Annual report of lunatic asylums [Bombay] - 1912-1922
Year: 1912
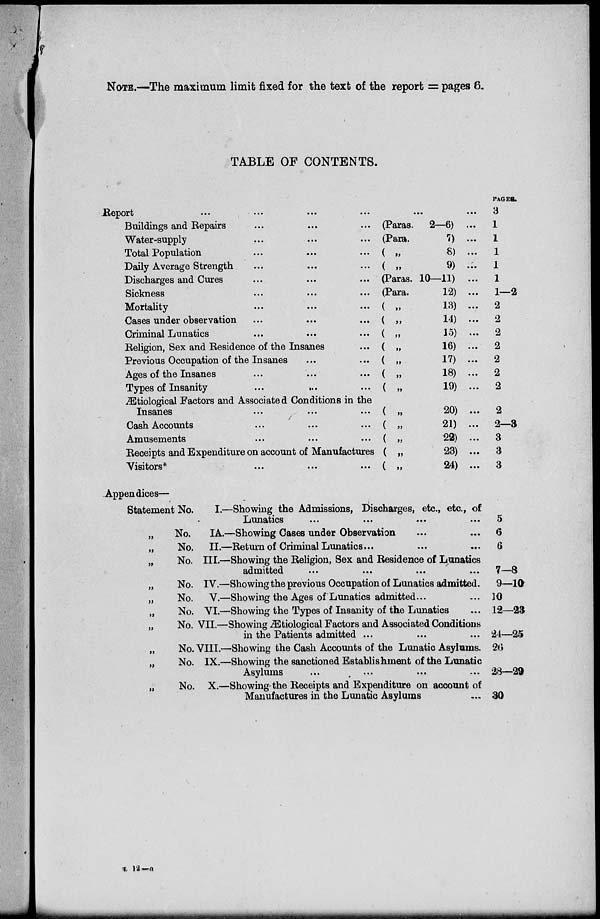
NOTE.—The maximum limit fixed for the text of the report = pages 6.
TABLE OF CONTENTS.
Report
...
...
...
...
...
...
Buildings and Repairs ... ... ...
Water-supply ... ... ...
Total Population ... ... ...
Daily Average Strength ... ... ...
Discharges and Cures ... ... ...
Sickness ... ... ...
Mortality ... ... ...
Gases under observation ... ... ...
Criminal Lunatics ... ... ...
Religion, Sex and Residence of the Insanes ...
Previous Occupation of the Insanes
...
...
Ages of the Insanes ... ... ...
Types of Insanity
...
...
...
Ætiological Factors and Associated Conditions in the
Insanes ... ... ...
Cash Accounts ... ... ...
Amusements ... ... ...
Receipts and Expenditure on account of Manufactures
Visitors ... ... ...
(Paras. 2—6) ...
(Para.
7) ...
( „
8) ...
(
„
9)
...
(Paras. 10—11) ...
(Para.
12) ...
(
„
13) ...
( „
14) ...
(
„
15
)
...
(
„
16) ...
( „
17) ...
( „
18) ...
(
„
19)
...
( „
20) ...
( „
21) ...
( „
22) ...
(
„
23) ...
(
„
24) ...
PAGES.
3
1
1
1
1
1
1—2
2
2
2
2
2
2
2
2
2—3
3
3
3
Appendices—
Statement No.
„ No.
„
No.
„ No.
„ No.
„
No.
„ No.
„
No.
„ No.
„ No.
„ No.
I.—Showing the Admissions, Discharges, etc., etc., of
Lunatics ... ... ... ...
IA.—Showing Cases under Observation ... ...
II.—Return of Criminal Lunatics ... ... ...
III.—Showing the Religion, Sex and Residence of Lunatics
admitted ... ... ... ...
IV.—Showing the previous Occupation of Lunatics admitted.
V.—Showing the Ages of Lunatics admitted ...
VI.—Showing the Types of Insanity of the Lunatics ...
VII.—Showing Ætiological Factors and Associated Conditions
in the Patients admitted ... ... ...
VIII.—Showing the Cash Accounts of the Lunatic Asylums.
IX.—Showing the sanctioned Establishment of the Lunatic
Asylums
...
...
...
X.—Showing the Receipts and Expenditure on account of
Manufactures in the Lunatic Asylums ...
5
6
6
7—8
9—10
10
12—23
24—25
26
28—29
30
L 12—a